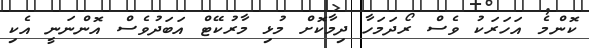
ކޮންމެ އަހަރަކު ވެސް ރޯދަމަހާ ދިމާކޮށް މުޅި މާރުކޭޓް އަބަދުވެސް އޮންނަނީ އެކި